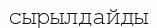
сырылдайды